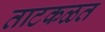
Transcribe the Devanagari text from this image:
ताटकळत